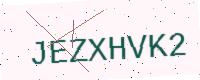
Text: JEZXHVK2